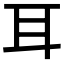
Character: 耳